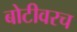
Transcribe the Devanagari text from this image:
बोटीवरच